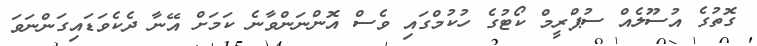
ގޮތުގެ އުސޫލެއް ސުޕްރީމް ކޯޓުގެ ހުކުމްގައި ވެސް އޮންނަންވާނެ ކަމަށް އޭނާ ދެކެވަޑައިގަންނަވަ